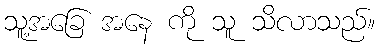
သူ့အခြေ အနေ ကို သူ သိလာသည်။